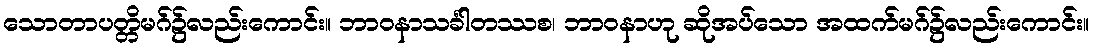
သောတာပတ္တိမဂ်၌လည်းကောင်း။ ဘာဝနာသင်္ခါတဿစ၊ ဘာဝနာဟု ဆိုအပ်သော အထက်မဂ်၌လည်းကောင်း။